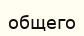
общего